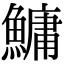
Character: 鱅